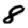
Digit: 8